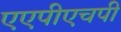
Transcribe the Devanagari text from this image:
एएपीएचपी